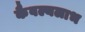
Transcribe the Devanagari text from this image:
कैवल्यलाभ